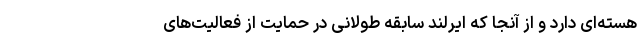
هسته‌ای دارد و از آنجا که ایرلند سابقه طولانی در حمایت از فعالیت‌های